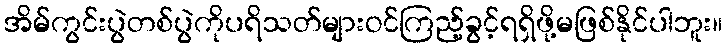
အိမ်ကွင်းပွဲတစ်ပွဲကိုပရိသတ်များဝင်ကြည့်ခွင့်ရရှိဖို့မဖြစ်နိုင်ပါဘူး။